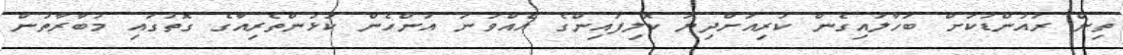
ތިން ރައުންޑަކަށް ބަހާލައިގެން ކުރިއަށްދިޔަ ކޮލިފައިންގެ އެއްވަނަ އަންހެން ކުޅުންތެރިއާގެ ގޮތުގައި މުބާރާތުން